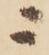
ニ